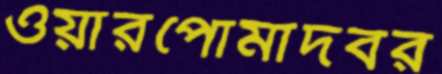
ওয়ারপোমাদবর